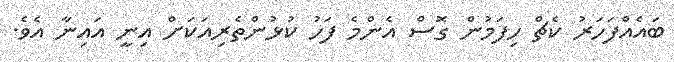
ބައެއްފަހަރު ކެޗް ހިފަމުން ގޮސް އެންމެ ފަހު ކުޅުންތެރިއަކަށް އިނީ އައިނާ އެވެ.